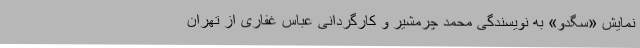
نمایش «سگدو» به نویسندگی محمد چرمشیر و کارگردانی عباس غفاری از تهران